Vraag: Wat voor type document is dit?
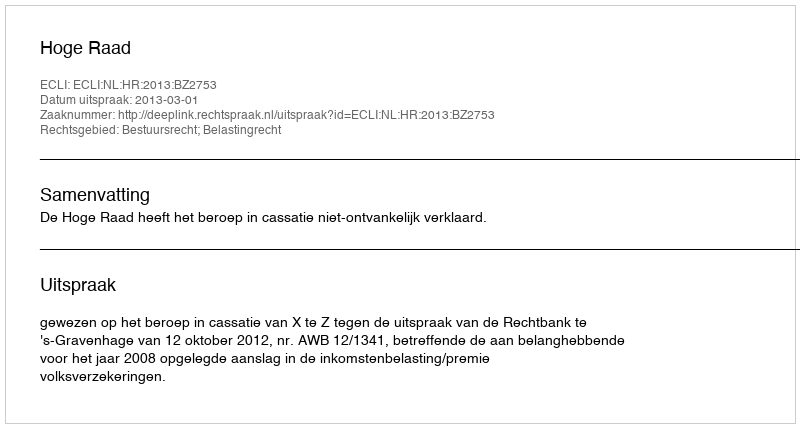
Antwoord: Uitspraak